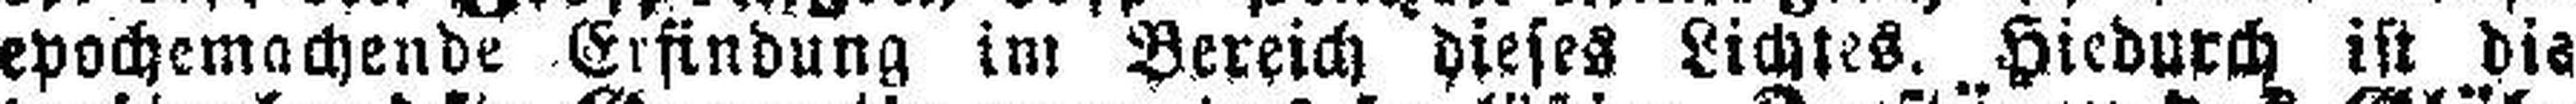
epochemachende Erfindung im Bereich dieses Lichtes. Hiedurch ist die